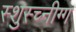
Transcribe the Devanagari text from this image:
स्शुस्च्नीग्ग